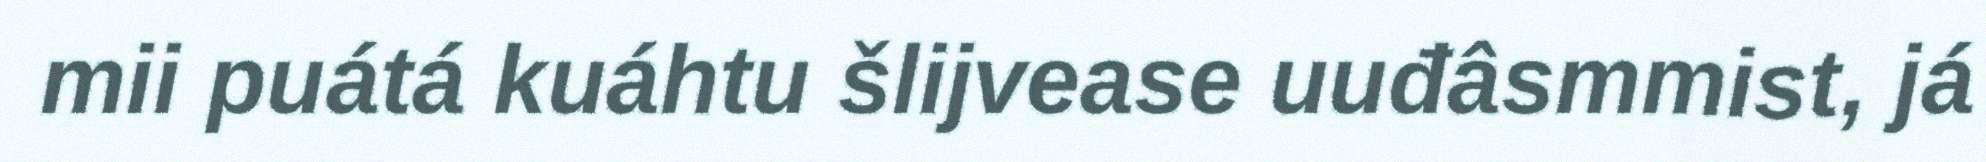
mii puátá kuáhtu šlijvease uuđâsmmist, já